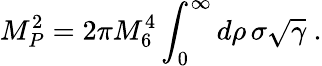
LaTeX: M_{P}^{2}=2\pi M_{6}^{4}\int_{0}^{\infty}d\rho\, \sigma\sqrt\gamma\ .